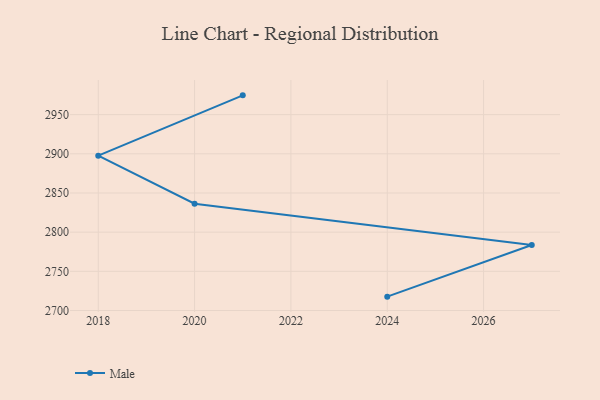
{"axis": {"x": "Year", "y": "Tickets Resolved"}, "legend": ["Male"], "data": [{"x": "2021", "y": 2974.6, "type": "Male"}, {"x": "2018", "y": 2897.6, "type": "Male"}, {"x": "2020", "y": 2836.3, "type": "Male"}, {"x": "2027", "y": 2783.6, "type": "Male"}, {"x": "2024", "y": 2717.7, "type": "Male"}]}